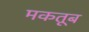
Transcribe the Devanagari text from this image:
मकतूब